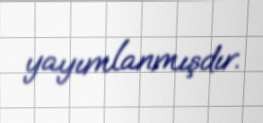
yayımlanmışdır.